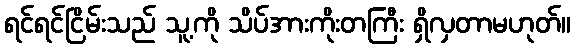
ရင်ရင်ငြိမ်းသည် သူ့ကို သိပ်အားကိုးတကြီး ရှိလှတာမဟုတ်။